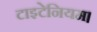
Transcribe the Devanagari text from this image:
टाइटेनियम।